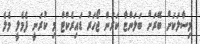
މިސާލަކަށް ބޭރަށް ބަލަންޏާ ކަރަން ޖޯހަރު ޑައިރެކްޓް މި ކުރަނީ ފެމެލީ މެލެ